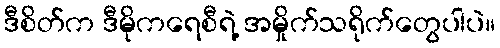
ဒီစိတ်က ဒီမိုကရေစီရဲ့ အမှိုက်သရိုက်တွေပါပဲ။